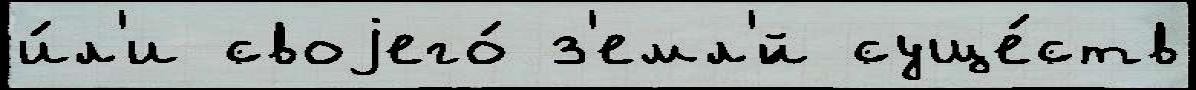
и́л'и своjего́ з'емл'́й суще́ств